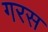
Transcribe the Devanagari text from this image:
गरस